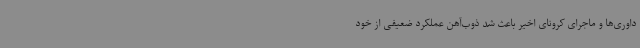
داوری‌ها و ماجرای کرونای اخیر باعث شد ذوب‌آهن عملکرد ضعیفی از خود